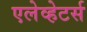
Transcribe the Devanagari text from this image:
एलेव्हेटर्स